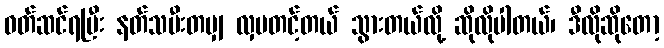
ဝတ်ဆင်ရပြီး နတ်သမီးတမျှ လှပတင့်တယ် သွားတယ်လို့ ဆိုလိုပါတယ်၊ ဒီလိုဆိုတော့